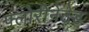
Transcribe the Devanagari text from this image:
फ्लोरीनेटेड